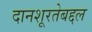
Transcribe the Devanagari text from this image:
दानशूरतेबद्दल